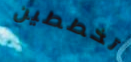
تخططين